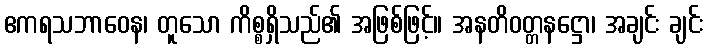
ဧကရသဘာဝေန၊ တူသော ကိစ္စရှိသည်၏ အဖြစ်ဖြင့်။ အနတိဝတ္တနဋ္ဌော၊ အချင်း ချင်း